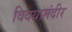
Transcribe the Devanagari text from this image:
विदयामंदीर